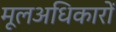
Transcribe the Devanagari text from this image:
मूलअधिकारों